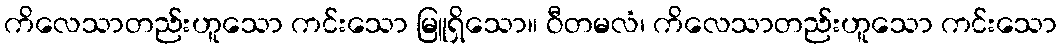
ကိလေသာတည်းဟူသော ကင်းသော မြူရှိသော။ ဝီတမလံ၊ ကိလေသာတည်းဟူသော ကင်းသော